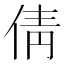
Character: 倩